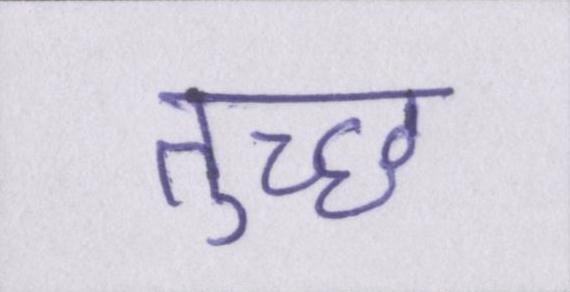
तुच्छ